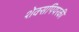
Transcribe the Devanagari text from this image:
शेक्सपियरकी